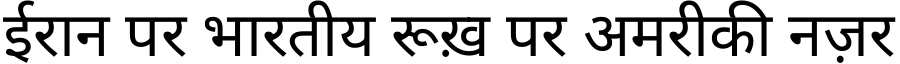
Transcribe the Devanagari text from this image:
ईरान पर भारतीय रूख़ पर अमरीकी नज़र